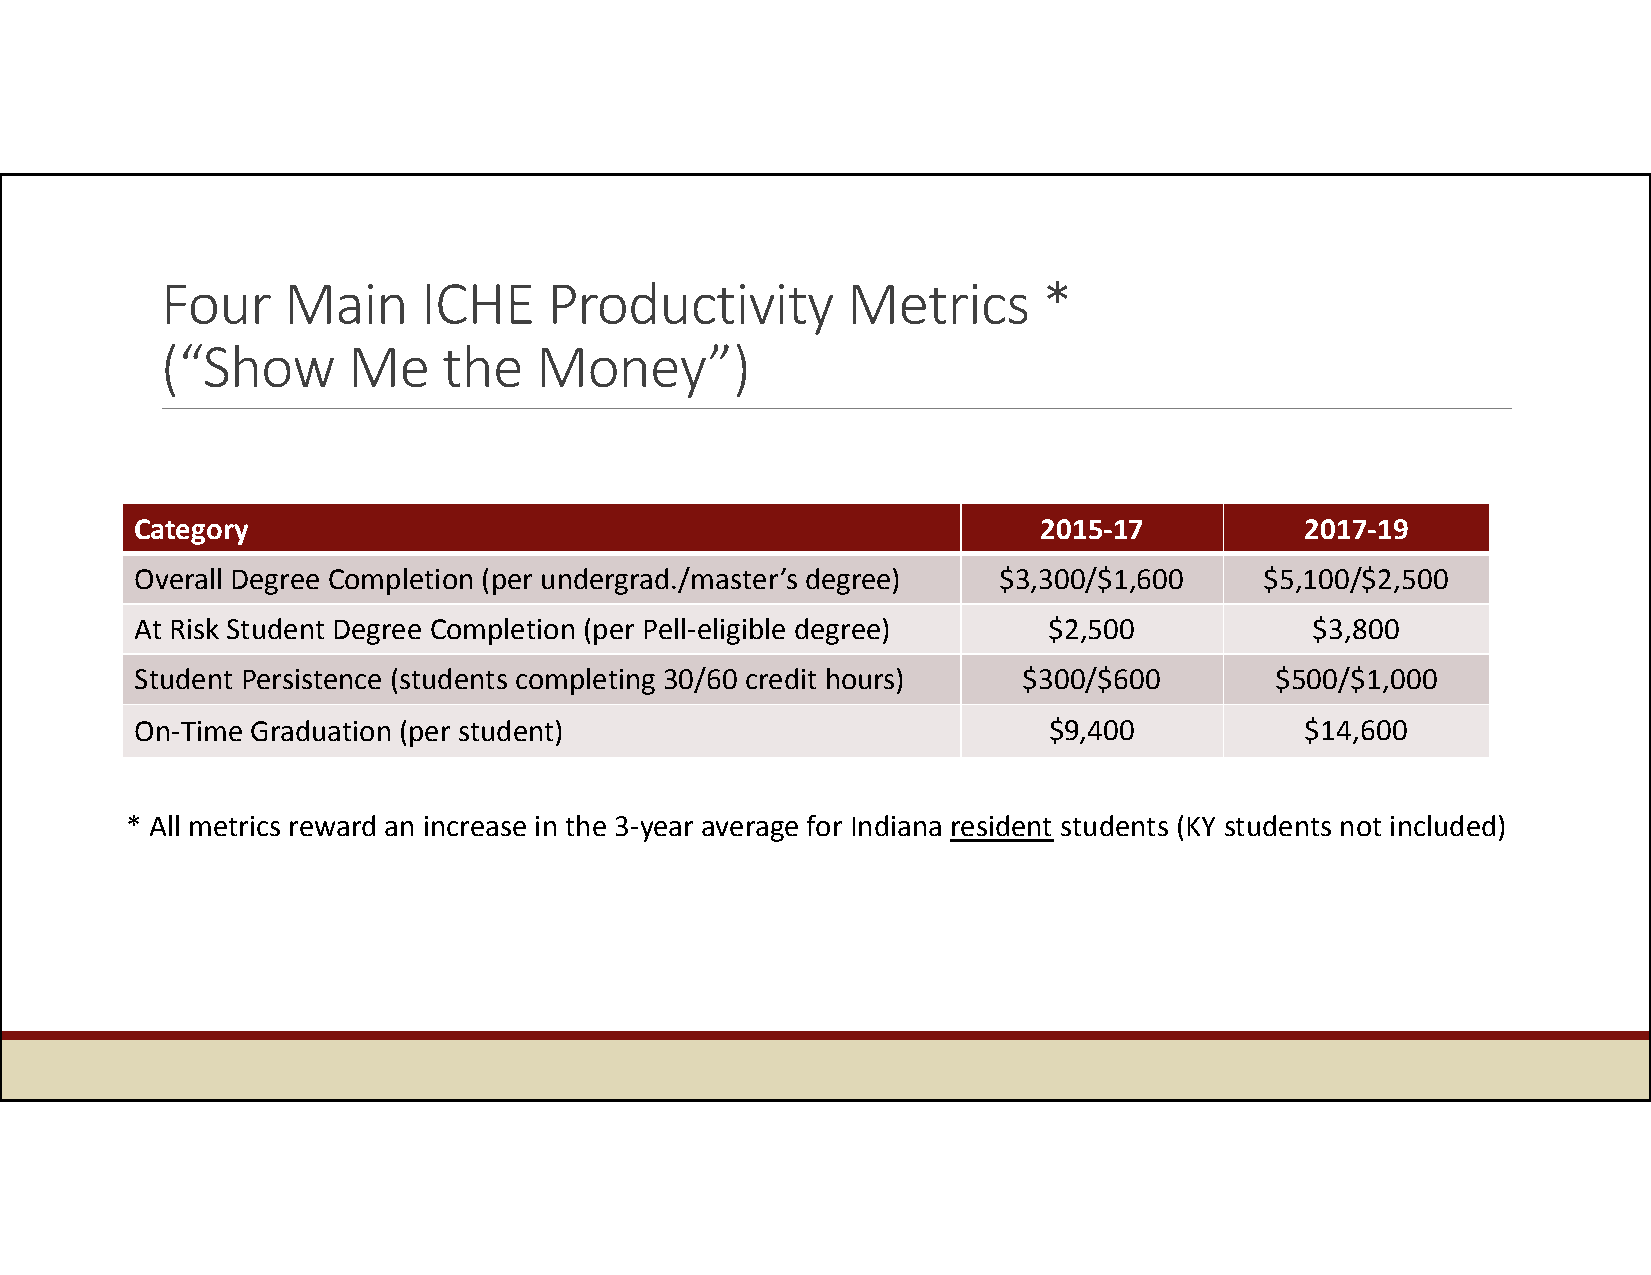
Four    Main     ICHE    Productivity        Metrics      *
 (“Show      Me    the   Money”)
 Category                                                    2015‐17          2017‐19
 Overall Degree Completion (per undergrad./master’s degree) $3,300/$1,600   $5,100/$2,500
 At Risk Student Degree Completion (per Pell‐eligible degree) $2,500           $3,800
 Student Persistence (students completing 30/60 credit hours) $300/$600     $500/$1,000
 On‐Time Graduation (per student)                            $9,400           $14,600
 * All metrics reward an increase in the 3‐year average for Indiana resident students (KY students not included)